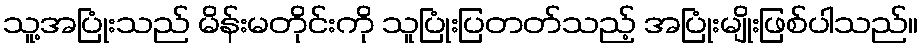
သူ့အပြုံးသည် မိန်းမတိုင်းကို သူပြုံးပြတတ်သည့် အပြုံးမျိုးဖြစ်ပါသည်။